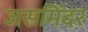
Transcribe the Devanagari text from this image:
जसमिंदर